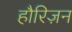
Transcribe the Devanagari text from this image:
हौरिज़न